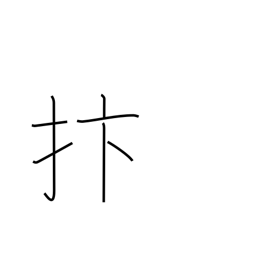
Meaning: strike with hand